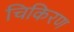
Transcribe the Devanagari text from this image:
चिकिरण